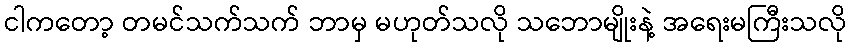
ငါကတော့ တမင်သက်သက် ဘာမှ မဟုတ်သလို သဘောမျိုးနဲ့ အရေးမကြီးသလို